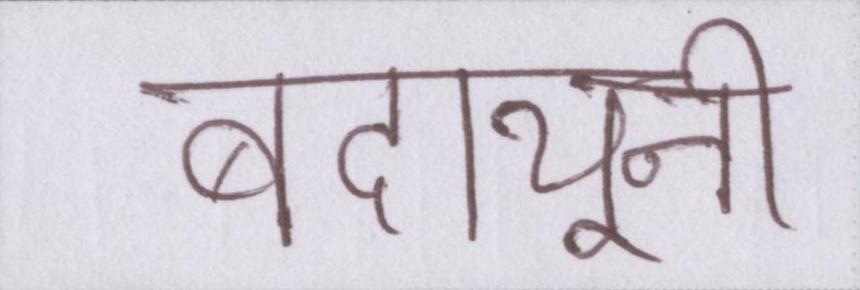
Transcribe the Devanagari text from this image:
बदायूनी